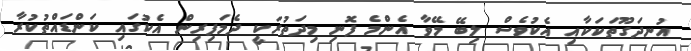
އުނދަގޫތަކަކާއި އެކުވެސް ލިބޭ މޭވާ އެންމެ ފޮނި މިދަތުރަކީ ދެމަފިރިން އެކުގައި ކަންޑައްތުކުރާ